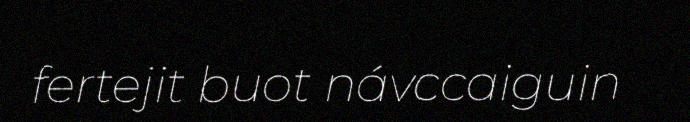
fertejit buot návccaiguin